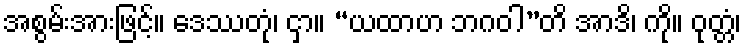
အစွမ်းအားဖြင့်။ ဒေဿတုံ၊ ငှာ။ “ယထာဟ ဘဂဝါ”တိ အာဒိ၊ ကို။ ဝုတ္တံ၊